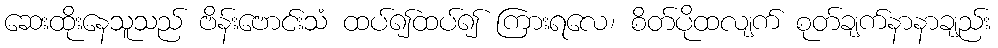
ဆေးထိုးနေသူသည် ဗိန်းဗောင်းသံ ထပ်၍ထပ်၍ ကြားရလေ၊ စိတ်ပိုထလျက် စုတ်ချက်နာနာချည်း